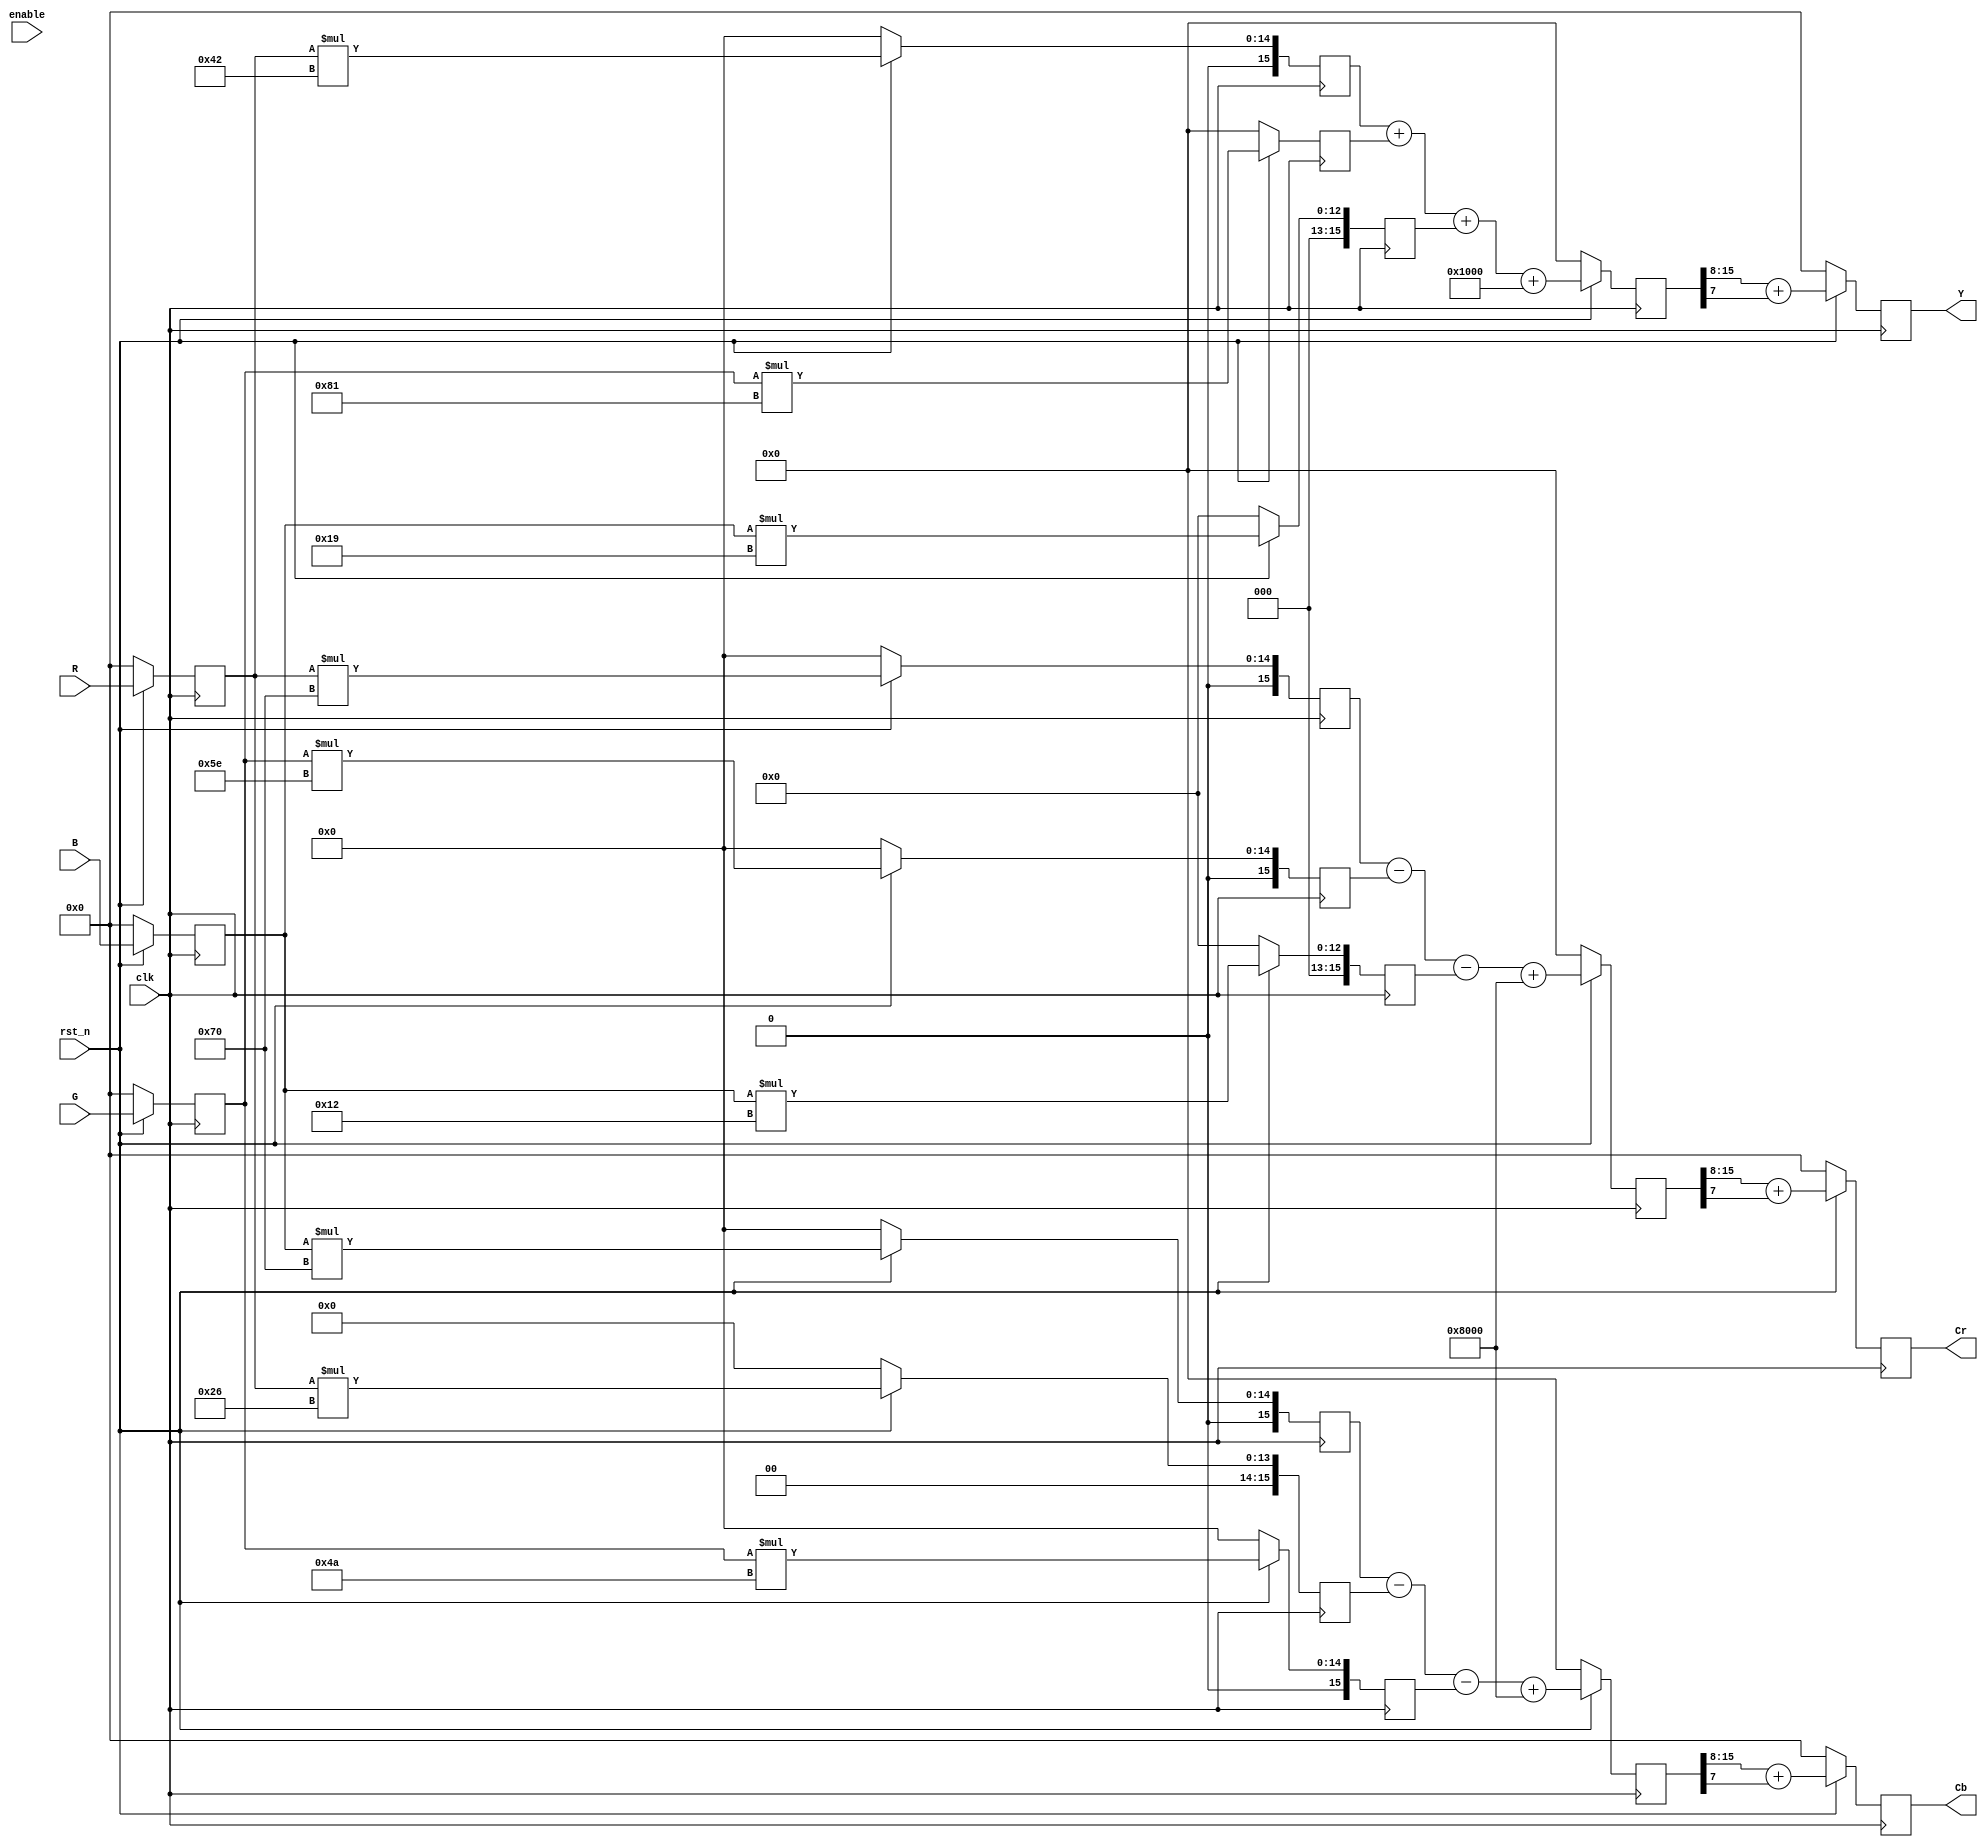
module rgb2ycbcr
(
    input clk,
    input rst_n,
    input enable,

    input [7:0] R,
    input [7:0] G,
    input [7:0] B,
    output reg [7:0] Y,
    output reg [7:0] Cb,
    output reg [7:0] Cr
    // output valid
);
reg [7:0] R_ff, G_ff, B_ff;
reg [7:0] Y_ff, Cb_ff, Cr_ff;
// STEP1

reg [15:0] r0, r1, r2;
reg [15:0] g0, g1, g2;
reg [15:0] b0, b1, b2;

reg [15:0] r0_next, r1_next, r2_next;
reg [15:0] g0_next, g1_next, g2_next;
reg [15:0] b0_next, b1_next, b2_next;

always @(posedge clk) begin
    if(!rst_n) begin
        r0 <= 0;
        r1 <= 0;
        r2 <= 0;
        g0 <= 0;
        g1 <= 0;
        g2 <= 0;
        b0 <= 0;
        b1 <= 0;
        b2 <= 0;
    end
    else begin
        r0 <= r0_next;
        r1 <= r1_next;
        r2 <= r2_next;
        g0 <= g0_next;
        g1 <= g1_next;
        g2 <= g2_next;
        b0 <= b0_next;
        b1 <= b1_next;
        b2 <= b2_next;
    end
end
always @(posedge clk) begin
    if(!rst_n) begin
        R_ff <= 0;
        G_ff <= 0;
        B_ff <= 0;
    end
    else begin
        R_ff <= R;
        G_ff <= G;
        B_ff <= B;
    end
end
always @* begin
    r0_next = R_ff * 8'd66;
    r1_next = R_ff * 8'd38;
    r2_next = R_ff * 8'd112;
    g0_next = G_ff * 8'd129;
    g1_next = G_ff * 8'd74;
    g2_next = G_ff * 8'd94;
    b0_next = B_ff * 8'd25;
    b1_next = B_ff * 8'd112;
    b2_next = B_ff * 8'd18;
end

reg [15:0] Y0, Y0_next;
reg [15:0] Cb0, Cb0_next;
reg [15:0] Cr0, Cr0_next;

always @(posedge clk) begin
    if(!rst_n) begin
        Y0 <= 0;
        Cb0 <= 0;
        Cr0 <= 0;
    end
    else begin
        Y0 <= Y0_next;
        Cb0 <= Cb0_next;
        Cr0 <= Cr0_next;
    end
end

always@* begin
    Y0_next = r0 + g0 + b0 + 16'd4096;
    Cb0_next = b1 - r1 - g1 + 16'd32768;
    Cr0_next = r2 - g2 - b2 + 16'd32768;
end

reg [7:0] Y1, Cb1, Cr1;
always @(posedge clk) begin
    if(!rst_n) begin
        Y <= 0;
        Cb <= 0;
        Cr <= 0;
    end
    else begin
        Y <= Y_ff;
        Cb <= Cb_ff;
        Cr <= Cr_ff;
    end
end

always @* begin
    Y_ff = Y0[15:8] + Y0[7];
    Cb_ff = Cb0[15:8] + Cb0[7];
    Cr_ff = Cr0[15:8] + Cr0[7];
end

// reg [3:0] pipeline;
// always @ (posedge clk) begin
//     if(!rst_n) begin
//         pipeline <= 4'd0;
//     end
//     else begin
//         pipeline <= {pipeline[2:0], enable};
//     end
// end
// assign valid = pipeline[3];

endmodule